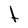
Character: t